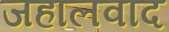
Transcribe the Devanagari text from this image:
जहालवाद